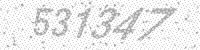
Solution: 531347